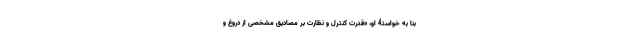
بنا به خواستۀ او، «قدرت کنترل و نظارت بر مصادیق مشخصی از دروغ‌ و